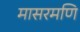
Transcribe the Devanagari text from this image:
मासरमणि